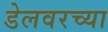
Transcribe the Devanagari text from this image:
डेलवरच्या